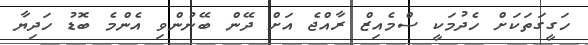
ހަގީގަތަކަށް ހެދުމަކީ ސްމެއިޒް ރާއްޖެ އަށް ދޭން ބޭނުންވި އެންމެ ބޮޑު ހަދިޔާ